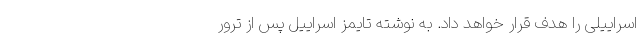
اسراییلی را هدف قرار خواهد داد. به نوشته تایمز اسراییل پس از ترور